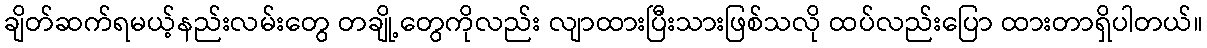
ချိတ်ဆက်ရမယ့်နည်းလမ်းတွေ တချို့တွေကိုလည်း လျာထားပြီးသားဖြစ်သလို ထပ်လည်းပြော ထားတာရှိပါတယ်။